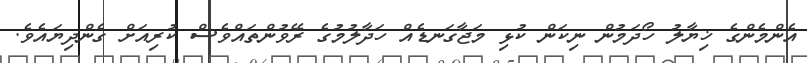
އެންމެންގެ ޚިޔާލު ހޯދަމުން ނިކަން ކުޅި މަޖާގަނޑެއް ހަދާލުމުގެ ރޭވުންތައްވެސް ކުރިއަށް ގެންދިޔައެވެ.